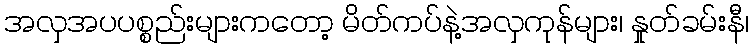
အလှအပပစ္စည်းများကတော့ မိတ်ကပ်နဲ့အလှကုန်များ၊ နှုတ်ခမ်းနီ၊